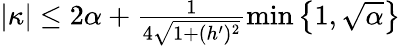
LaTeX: \begin{array}{r}{|\kappa|\leq 2\alpha+\frac{1}{4\sqrt{1+(h^{\prime})^{2}}}\operatorname*{min}\left\lbrace 1,\sqrt{\alpha}\right\rbrace}\end{array}